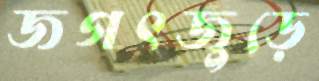
জগৎজুড়ে